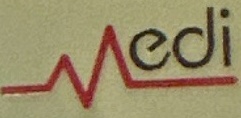
Medi